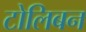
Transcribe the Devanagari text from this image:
टोलिबन